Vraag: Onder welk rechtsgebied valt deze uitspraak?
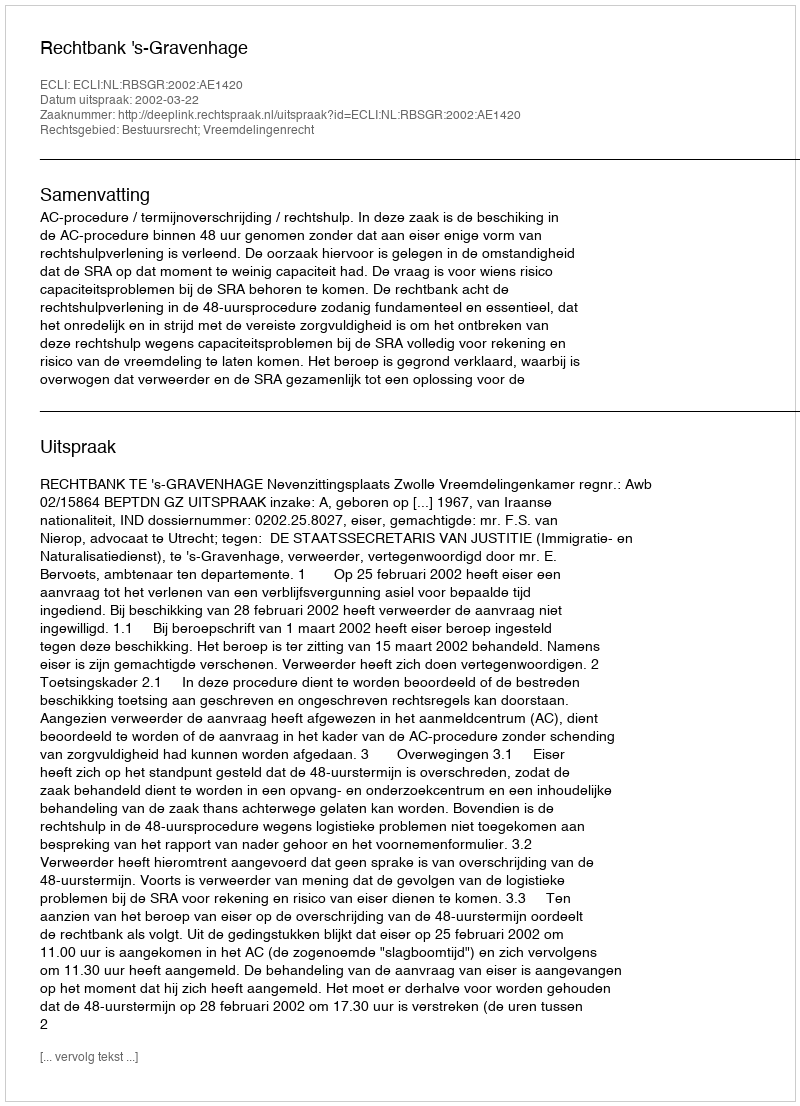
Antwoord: Bestuursrecht; Vreemdelingenrecht